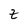
Character: z